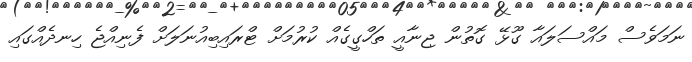
ނަމަވެސް މައްސަލައާ ގޫޅޭ ގޮތުން ޖިނާއީ ތަހްގީގެއް ކުރުމަށް ޓްރައިބިއުނަލަށް ފެނިއްޖެ ހިނދެއްގައި